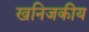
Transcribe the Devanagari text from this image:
खनिजकीय